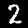
Digit: 2